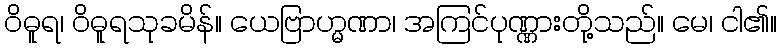
ဝိဓူရ၊ ဝိဓူရသုခမိန်။ ယေဗြာဟ္မဏာ၊ အကြင်ပုဏ္ဏားတို့သည်။ မေ၊ ငါ၏။